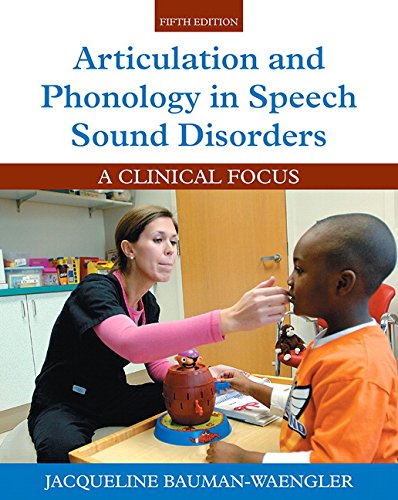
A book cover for Articulation and Phonology in Speech Sound Disorders: A Clinical Focus (5th Edition); Jacqueline Bauman-Waengler; Medical Books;